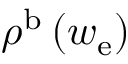
\rho ^ { \mathrm { b } } \left( w _ { \mathrm { e } } \right)